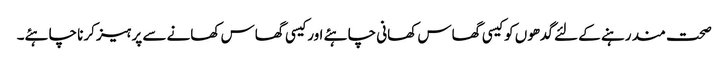
صحت مند رہنے کے لئے گدھوں کو کیسی گھاس کھانی چاہئے اور کیسی گھاس کھانے سے پرہیز کرنا چاہئے۔